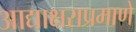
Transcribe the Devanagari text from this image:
आद्याक्षराप्रमाणे